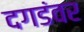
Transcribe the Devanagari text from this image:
दगडंवर